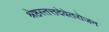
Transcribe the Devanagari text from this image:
श्रेष्ठस्तत्तदेवेतरोजन